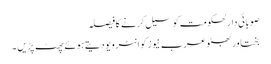
صوبائی دارلحکومت کو سیل کرنے کا فیصلہ
بختاور بھٹو عرب نیوز کو انٹرویو دیتے ہوئے پھٹ پڑیں ۔